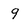
Character: 9